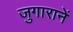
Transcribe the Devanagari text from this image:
जुगारानें